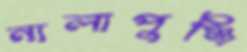
নালাপুঞ্জি